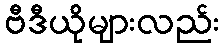
ဗီဒီယိုများလည်း